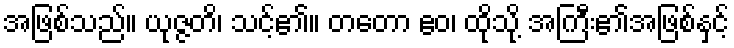
အဖြစ်သည်။ ယုဇ္ဇတိ၊ သင့်၏။ တတော ဧဝ၊ ထိုသို့ အကြီး၏အဖြစ်နှင့်